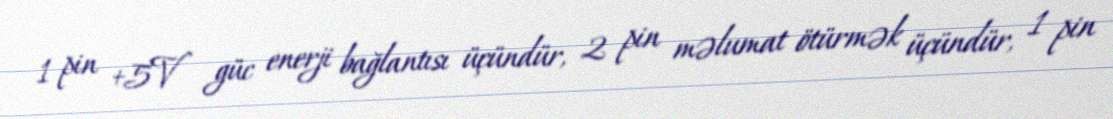
1 pin +5V güc enerji bağlantısı üçündür, 2 pin məlumat ötürmək üçündür, 1 pin